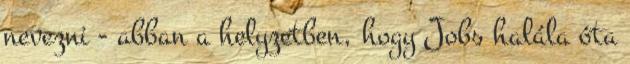
nevezni - abban a helyzetben, hogy Jobs halála óta